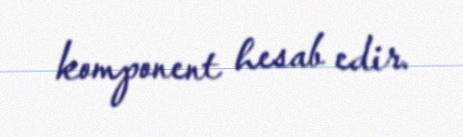
komponent hesab edir.